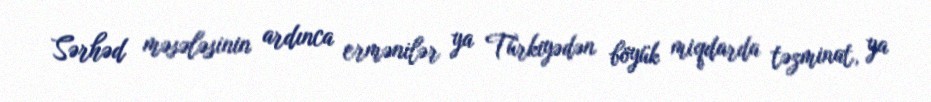
Sərhəd məsələsinin ardınca ermənilər ya Türkiyədən böyük miqdarda təzminat, ya